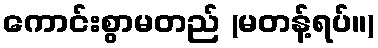
ကောင်းစွာမတည် (မတန့်ရပ်။)